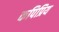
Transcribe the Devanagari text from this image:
कपिप्रिय